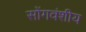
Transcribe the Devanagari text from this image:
सोंगवंशीय